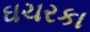
ઘચરકા